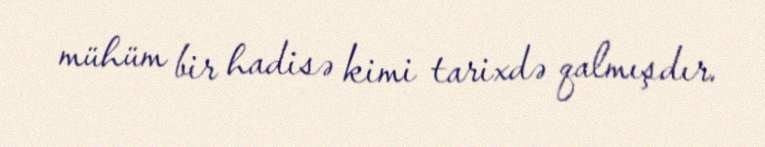
mühüm bir hadisə kimi tarixdə qalmışdır.